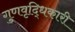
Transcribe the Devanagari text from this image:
गुणवृद्धिकारी